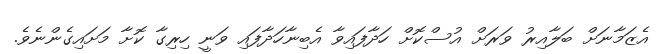
އެޒަމާނަށް ބަލާއިރު ވަރަށް އުސްކޮށް ހަދާފައިވާ އެބިނާހަދާފައި ވަނީ ހިރިގާ ކޮށާ މަށައިގެންނެވެ.